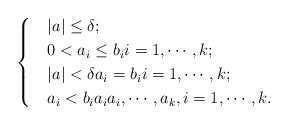
\begin{align*}\begin{cases}& |a|\leq\delta;\\& 0<a_i\leq b_i i=1,\cdots,k;\\& |a|<\delta a_i=b_i i=1,\cdots,k;\\& a_i<b_i a_i a_i,\cdots, a_k, i=1,\cdots, k.\end{cases} \end{align*}